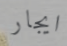
ايجار